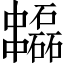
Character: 𠁻